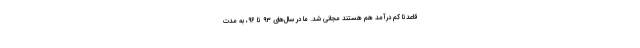
قاعدتاً کم درآمد هم هستند مجانی شد. ما در سال‌های ۹۳ تا ۹۶، به مدّت